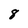
Character: 8